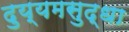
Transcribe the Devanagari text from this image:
दुय्यमसुद्धा